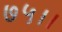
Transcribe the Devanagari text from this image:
७५।।